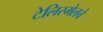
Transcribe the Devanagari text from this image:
टेलिस्मेलचे